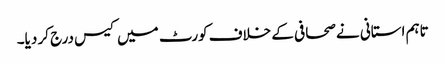
تاہم استانی نے صحافی کے خلاف کورٹ میں کیس درج کر دیا۔